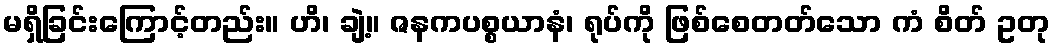
မရှိခြင်းကြောင့်တည်း။ ဟိ၊ ချဲ့။ ဇနကပစ္စယာနံ၊ ရုပ်ကို ဖြစ်စေတတ်သော ကံ စိတ် ဥတု